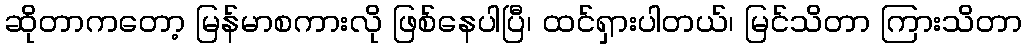
ဆိုတာကတော့ မြန်မာစကားလို ဖြစ်နေပါပြီ၊ ထင်ရှားပါတယ်၊ မြင်သိတာ ကြားသိတာ